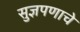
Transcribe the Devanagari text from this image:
सुज्ञपणाचे